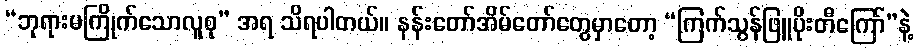
“ဘုရားမကြိုက်သောလူစု” အရ သိရပါတယ်။ နန်းတော်အိမ်တော်တွေမှာတော့ “ကြက်သွန်ဖြူပိုးတီကြော်”နဲ့